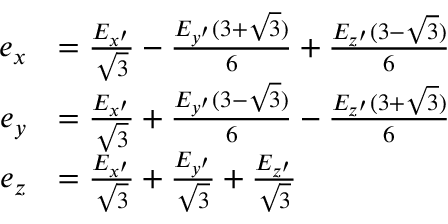
\begin{array} { r l } { e _ { x } } & { = \frac { E _ { x ^ { \prime } } } { \sqrt { 3 } } - \frac { E _ { y ^ { \prime } } ( 3 + \sqrt { 3 } ) } { 6 } + \frac { E _ { z ^ { \prime } } ( 3 - \sqrt { 3 } ) } { 6 } } \\ { e _ { y } } & { = \frac { E _ { x ^ { \prime } } } { \sqrt { 3 } } + \frac { E _ { y ^ { \prime } } ( 3 - \sqrt { 3 } ) } { 6 } - \frac { E _ { z ^ { \prime } } ( 3 + \sqrt { 3 } ) } { 6 } } \\ { e _ { z } } & { = \frac { E _ { x ^ { \prime } } } { \sqrt { 3 } } + \frac { E _ { y ^ { \prime } } } { \sqrt { 3 } } + \frac { E _ { z ^ { \prime } } } { \sqrt { 3 } } } \end{array}